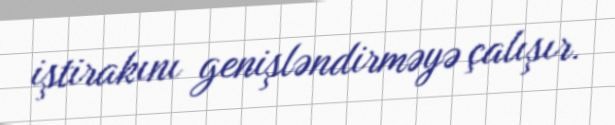
iştirakını genişləndirməyə çalışır.